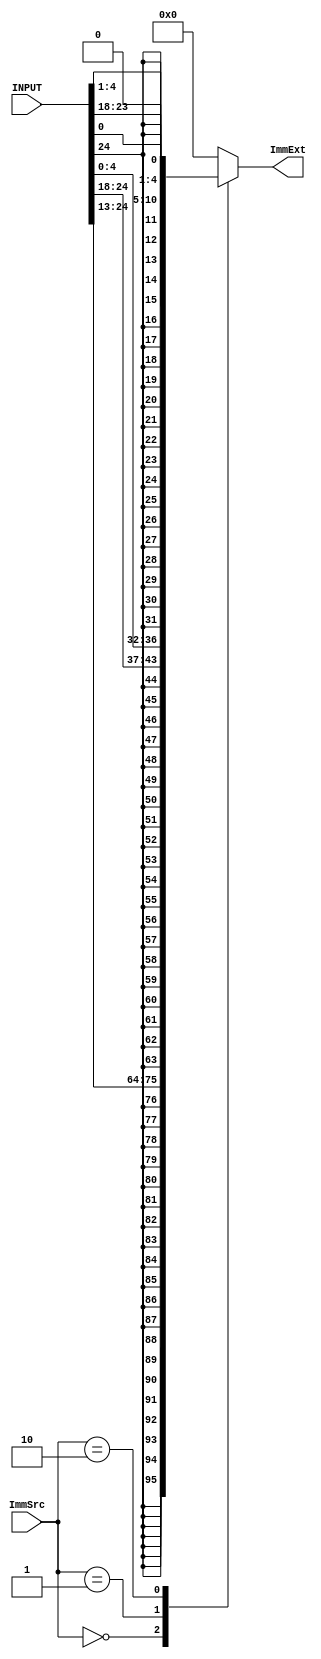
`timescale 1ns / 1ps
//////////////////////////////////////////////////////////////////////////////////
// Company: 
// Engineer: 
// 
// Design Name: 
// Module Name: Extender
// Project Name: 
// Target Devices: 
// Tool Versions: 
// Description: 
// 
// Dependencies: 
// 
// Revision:
// Revision 0.01 - File Created
// Additional Comments:
// 
//////////////////////////////////////////////////////////////////////////////////


module Extender (
    input [1:0]ImmSrc,
    input [31:7]INPUT,
    output reg [31:0] ImmExt
);
localparam I_Type =2'b00,
           S_Type =2'b01,
           B_Type =2'b10;
 always @(*) begin
    case (ImmSrc)
        I_Type:ImmExt={{ 20{INPUT[31] }},INPUT[31:20]};
        S_Type:ImmExt={{ 20{INPUT[31] }},INPUT[31:25],INPUT[11:7]};
        B_Type:ImmExt={{ 20{INPUT[31] }},INPUT[7],INPUT[30:25],INPUT[11:8],1'b0};
         default: ImmExt=0;
       
    endcase
 end   
endmodule